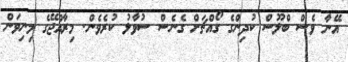
އޭނާ ވެސް ބްލޫސް ކުދިންގެ ގޯއްޗަށް ގެނެސް ސުވާލު ކުރެވެން. މިރާއްޖޭގެ މިނިވަން